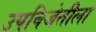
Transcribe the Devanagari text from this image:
उपविजेतीला